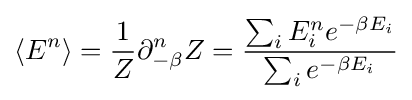
\langle E^{n}\rangle ={\frac {1}{Z}}\partial _{-\beta }^{n}Z={\frac {\sum _{i}E_{i}^{n}e^{-\beta E_{i}}}{\sum _{i}e^{-\beta E_{i}}}}